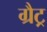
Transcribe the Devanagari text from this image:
ग्रैट्र